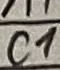
Text: C1